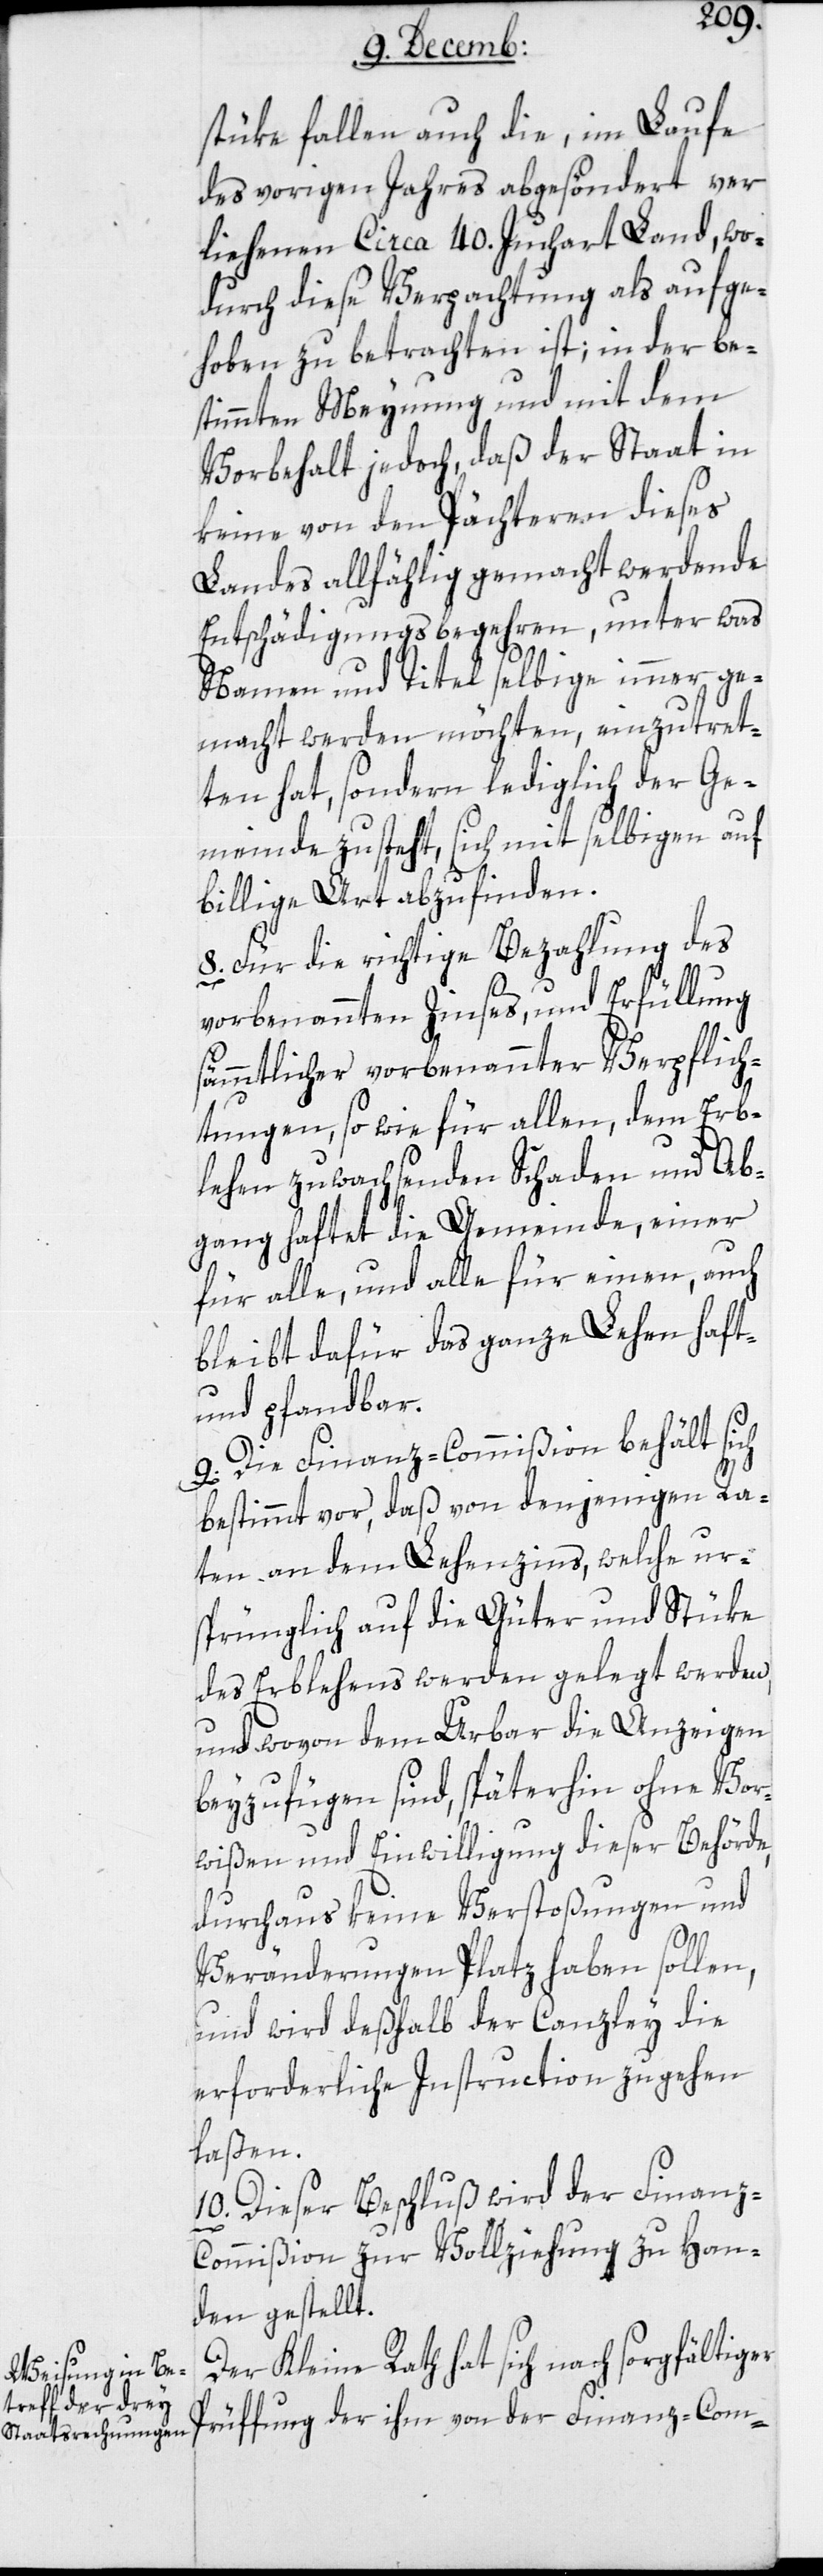
stüke fallen auch die, im Laufe
des vorigen Jahres abgesöndert ver¬
liehenen circa 40. Juchart Land, wo¬
durch diese Verpachtung als aufge¬
hoben zu betrachten ist; in der be¬
stimmten Meynung und mit dem
Vorbehalt jedoch, daß der Staat in
keine von den Pächteren dieses
Landes allfählig gemacht werdende
Entschädigungsbegehren, unter was
Namen und Titel selbige immer ge¬
macht werden möchten, einzutret¬
en hat, sondern lediglich der Ge¬
meinde zusteht, sich mit selbigen auf
billige Art abzufinden.
8. Für die richtige Bezahlung des
vorbenannten Zinses und Erfüllung
ämmtlicher vorbenannter Verpflich¬
tungen, so wie für allen, dem Erb¬
lehen zuwachsenden Schaden und Ab¬
gang haftet die Gemeinde, einer
für alle, und alle für einen, auch
bleibt dafür das ganze Lehen haft-
und pfandbar.
9. Die Finanz-Commißion behält sich
bestimmt vor, daß von denjenigen Ra¬
ten an dem Lehenzins, welche ur¬
sprünglich auf die Güter und Stüke
des Erbelehens werden gelegt werden,
und wovon dem Urbar die Anzeigen
beyzufügen sind, späterhin ohne Vor¬
wißen und Einwilligung dieser Behörde,
durchaus keine Verstoßungen und
Veränderungen Platz haben sollen,
und wird deshalb der Canzley die
erforderliche Instruction zugehen
laßen.
10. Dieser Beschluß wird der Finan¬
s¬
z-Commißion zur Vollziehung zu Han¬
den gestellt.
Der Kleine Rath hat sich nach sorgfältiger
Prüfung der ihm von der Finanz-Com-